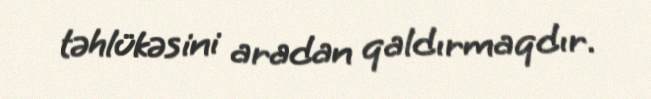
təhlükəsini aradan qaldırmaqdır.